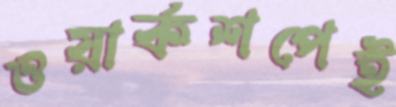
ওয়ার্কশপেই